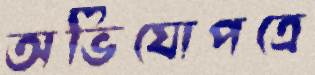
অভিযোপত্রে